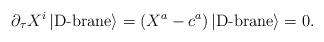
LaTeX: \begin{align*}\partial_\tau X^i \left| \mbox{D-brane}\right> = \left( X^a -c^a\right)\left| \mbox{D-brane}\right> = 0.\end{align*}